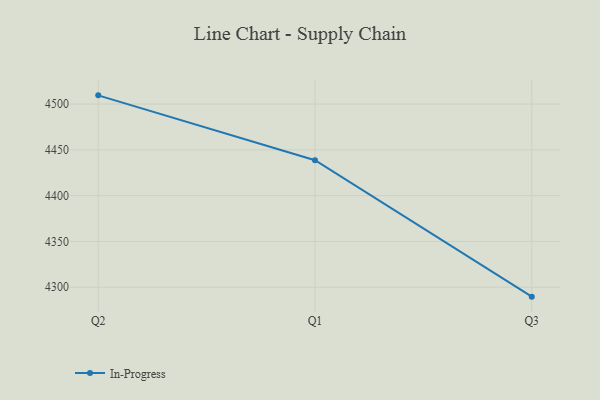
{"axis": {"x": "Quarter", "y": "Temperature (°C)"}, "legend": ["In-Progress"], "data": [{"x": "Q2", "y": 4509.5, "type": "In-Progress"}, {"x": "Q1", "y": 4438.7, "type": "In-Progress"}, {"x": "Q3", "y": 4289.7, "type": "In-Progress"}]}